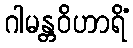
ဂါမန္တဝိဟာရိံ